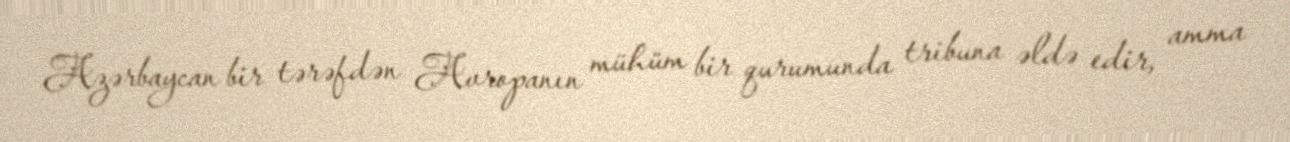
Azərbaycan bir tərəfdən Avropanın mühüm bir qurumunda tribuna əldə edir, amma